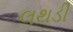
લથડી